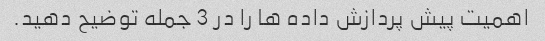
اهمیت پیش پردازش داده ها را در 3 جمله توضیح دهید.